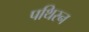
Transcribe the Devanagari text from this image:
पथिरन